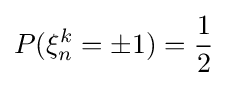
P(\xi _{n}^{k}=\pm 1)={\frac {1}{2}}